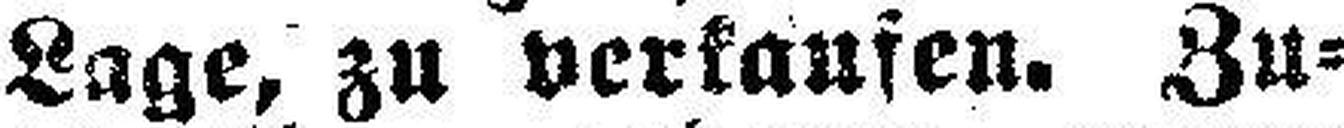
Lage, zu verkaufen. Zu¬